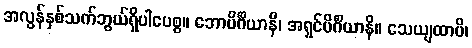
အလွန်နှစ်သက်ဘွယ်ရှိပါပေစွ။ ဘောပိင်္ဂိယာနိ၊ အရှင်ပိင်္ဂိယာနိ။ သေယျထာပိ၊